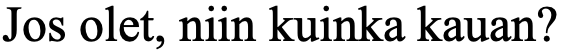
Jos olet, niin kuinka kauan?